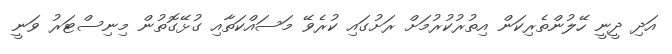
އަދި ދީނީ ހޭލުންތެރިކަން އިތުރުކުރުމަށް ރަށުގައި ކުރެވޭ މަސައްކަތާއި ގުޅޭގޮތުން މިނިސްޓަރު ވަނީ